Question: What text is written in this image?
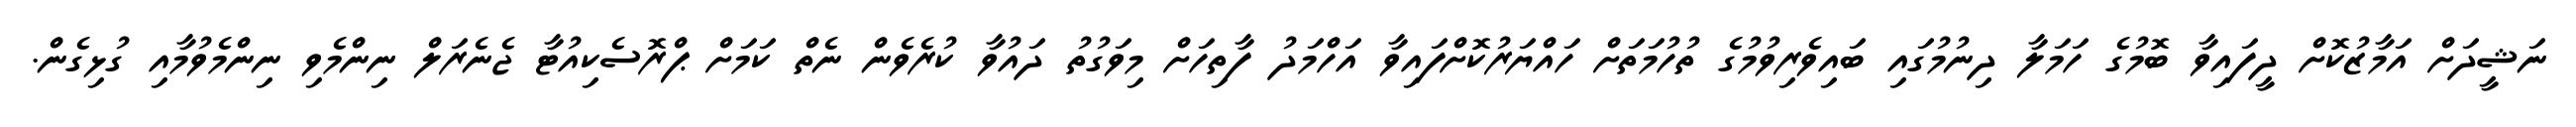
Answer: ނަޝީދަށް އަމާޒުކޮށް ދީފައިވާ ބޮމުގެ ހަމަލާ ދިނުމުގައި ބައިވެރިވުމުގެ ތުހުމަތަށް ހައްޔަރުކޮށްފައިވާ އަހްމަދު ފާތިހަށް މިވަގުތު ދައުވާ ކުރެވެން ނެތް ކަމަށް ޕްރޮސެކިއުޓާ ޖެނެރަލް ނިންމެވި ނިންމެވުމާއި ގުޅިގެން.